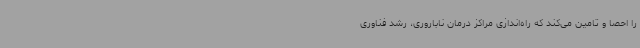
را احصا و تامین می‌کند که راه‌اندازی مراکز درمان ناباروری، رشد فناوری